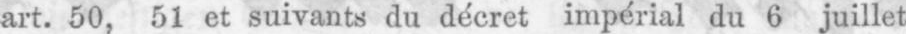
art. 50, 51 et suivants du décret impérial du 6 juillet